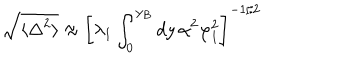
LaTeX: \sqrt { \langle \Delta ^ { 2 } \rangle } \approx \left[ \lambda _ { 1 } \int _ { 0 } ^ { y _ { B } } d y \, \alpha ^ { 2 } \varphi _ { 1 } ^ { 2 } \right] ^ { - 1 / 2 }